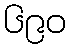
၆၉၀